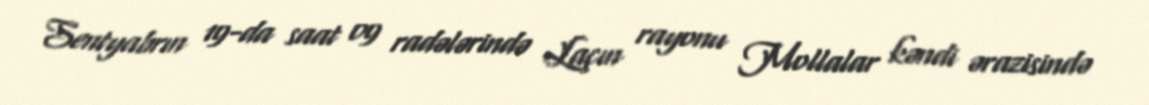
Sentyabrın 19-da saat 09 radələrində Laçın rayonu Mollalar kəndi ərazisində